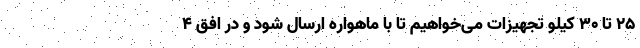
۲۵ تا ۳۰ کیلو تجهیزات می‌خواهیم تا با ماهواره ارسال شود و در افق ۴